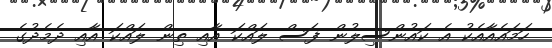
ހަމައެއާއެކު އެ ކައުންސިލުން ފަސް ލައްކަ އާއި ތިން ލައްކަ އާއި ދެމެދުގެ